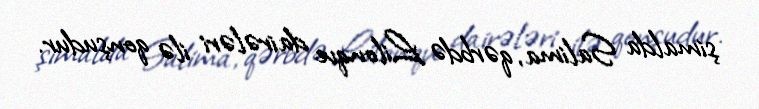
şimalda Salima, qərbdə Lilonqve dairələri ilə qonşudur.